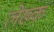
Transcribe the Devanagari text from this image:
लेख्क